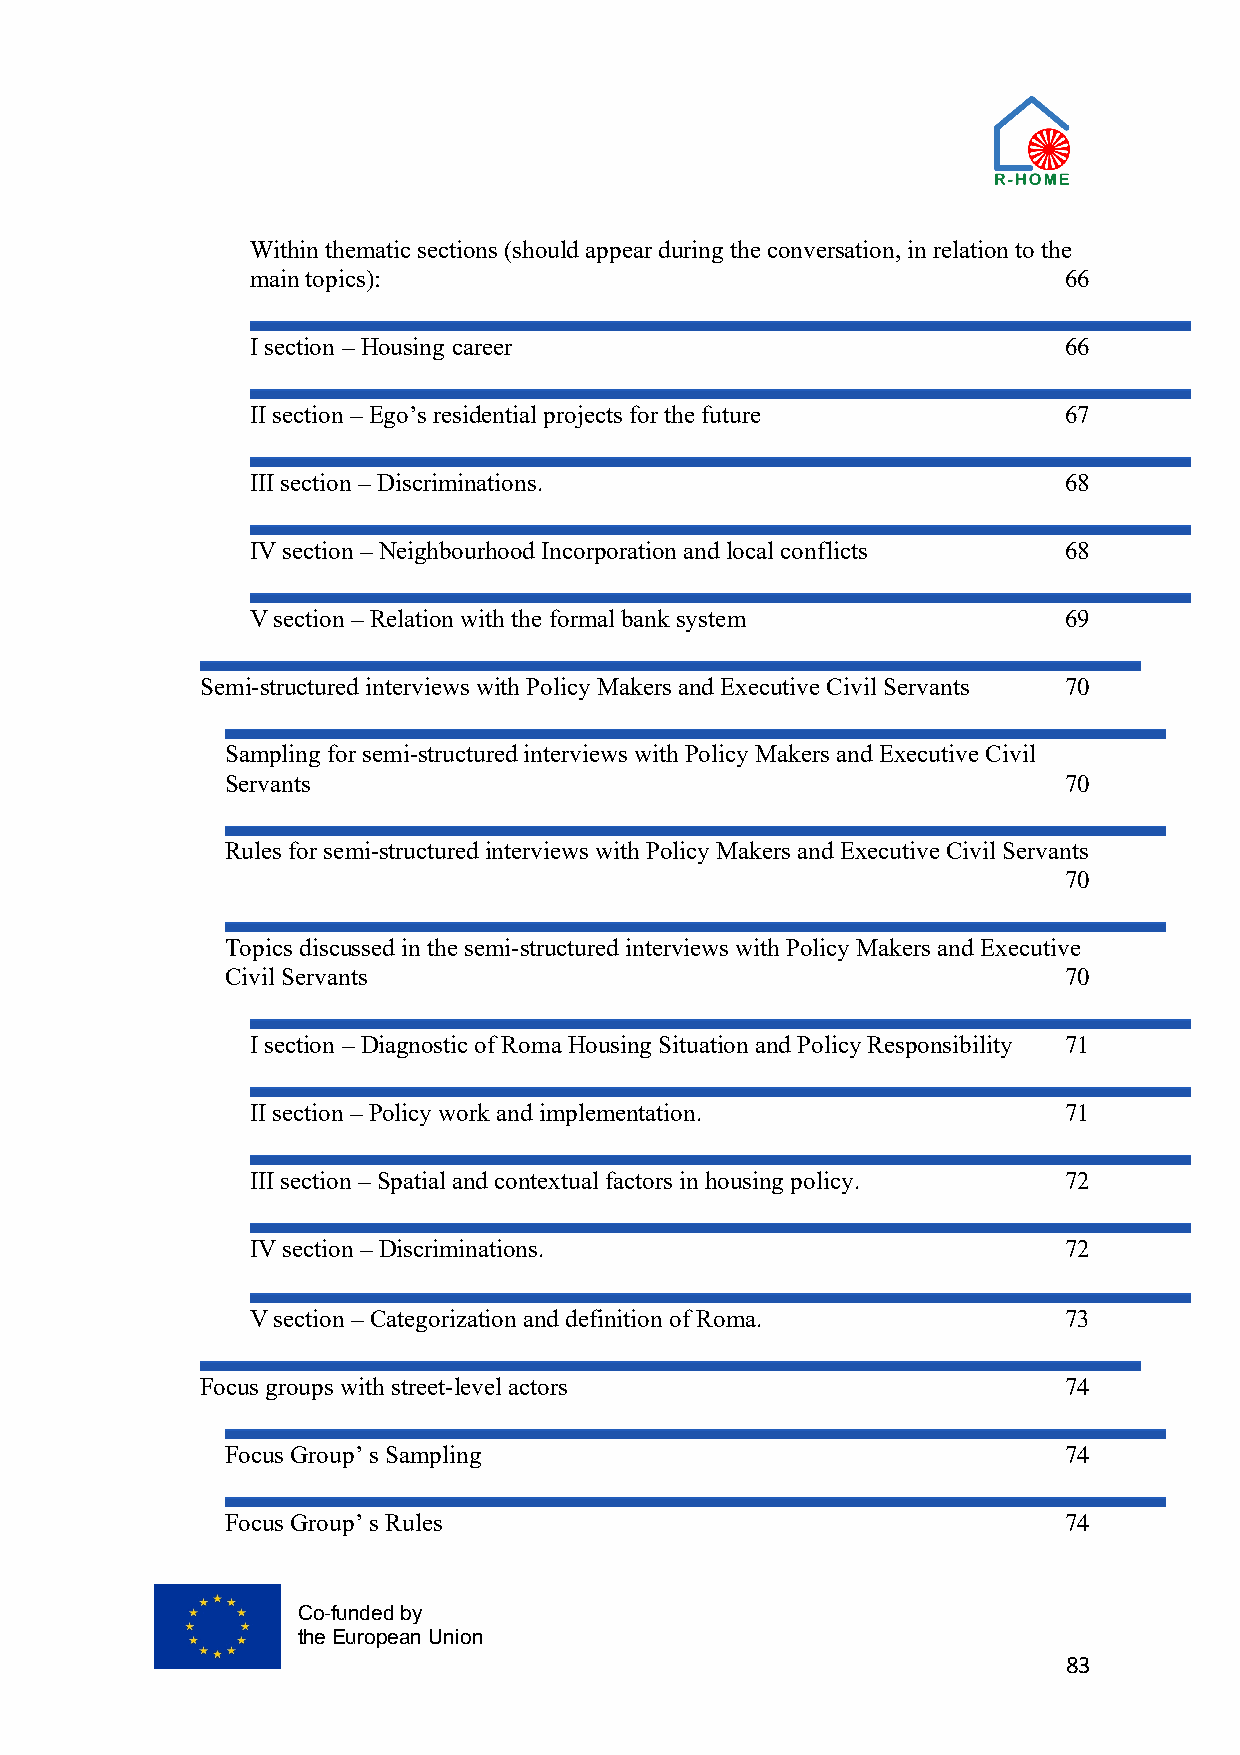
Within thematic sections (should appear during the conversation, in relation to the
 main topics):                                        66
 I section – Housing career                           66
 II section – Ego’s residential projects for the future 67
 III section – Discriminations.                       68
 IV section – Neighbourhood Incorporation and local conflicts 68
 V section – Relation with the formal bank system     69
 Semi-structured interviews with Policy Makers and Executive Civil Servants 70
 Sampling for semi-structured interviews with Policy Makers and Executive Civil
 Servants                                               70
 Rules for semi-structured interviews with Policy Makers and Executive Civil Servants
 70
 Topics discussed in the semi-structured interviews with Policy Makers and Executive
 Civil Servants                                         70
 I section – Diagnostic of Roma Housing Situation and Policy Responsibility 71
 II section – Policy work and implementation.         71
 III section – Spatial and contextual factors in housing policy. 72
 IV section – Discriminations.                        72
 V section – Categorization and definition of Roma.   73
 Focus groups with street-level actors                    74
 Focus Group’ s Sampling                                74
 Focus Group’ s Rules                                   74
 Co-funded by
 the European Union
 83